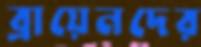
ব্রায়েনদের